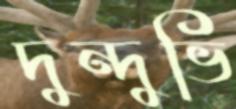
দুন্দুভি